Plague in India, 1896, 1897 - Volume 1
Year: 1896
Disease focus: Plague
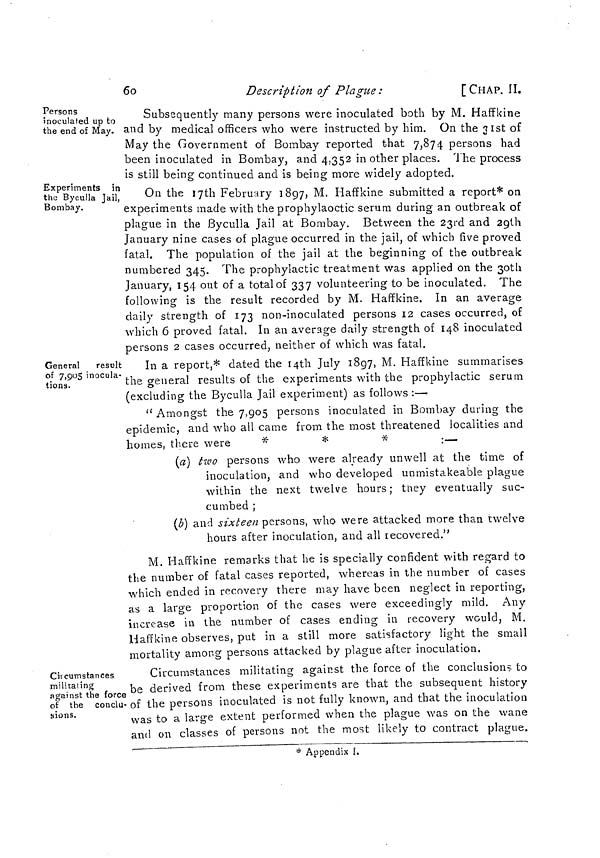
6o
Description of Plague :
[CHAP. II.
Persons
inoculated up to
the end of May.
Subsequently many persons were inoculated both by M. Haffkine
and by medical officers who were instructed by him. On the 31st of
May the Government of Bombay reported that 7,874 persons had
been inoculated in Bombay, and 4,352 in other places. The process
is still being continued and is being more widely adopted.
Experiments in
the Byculla Jail,
Bombay.
On the 17th February 1897, M, Haffkine submitted a report* on
experiments made with the prophylaoctic serum during an outbreak of
plague in the Byculla Jail at Bombay. Between the 23rd and 2glh
January nine cases of plague occurred in the jail, of which five proved
fatal. The population of the jail at the beginning of the outbreak
numbered 345. The prophylactic treatment was applied on the 30th
January, 154 out of a total of 337 volunteering to be inoculated. The
following is the result recorded by M. Haffkine. In an average
daily strength of 173 non-inoculated persons 12 cases occurred, of
which 6 proved fatal. In an average daily strength of 148 inoculated
persons 2 cases occurred, neither of which was fatal.
General
result
of 7,905 inocula-
tions.
In a report,* dated the 14th July 1897, M. Haffkine summarises
the general results of the experiments with the prophylactic serum
(excluding the Byculla Jail experiment) as follows :—
" Amongst the 7,905 persons inoculated in Bombay during the
epidemic, and who all came from the most threatened localities and
homes, there were
*
*
*
:—
(a) two persons who were already unwell at the time of
inoculation, and who developed unmistakeable plague
within the next twelve hours ; they eventually suc-
cumbed ;
(b) and sixteen persons, who were attacked more than twelve
hours after inoculation, and all recovered."
M. Haffkine remarks that he is specially confident with regard to
the number of fatal cases reported, whereas in the number of cases
which ended in recovery there may have been neglect in reporting,
as a large proportion of the cases were exceedingly mild. Any
increase in the number of cases ending in recovery would, M.
Haffkine observes, put in a still more satisfactory light the small
mortality among persons attacked by plague after inoculation.
Circumstances
militating
against the force
of the conclu-
sions.
Circumstances militating against the force of the conclusions to
be derived from these experiments are that the subsequent history
of the persons inoculated is not fully known, and that the inoculation
was to a large extent performed when the plague was on the wane
and on classes of persons not the most likely to contract plague.
* Appendix I.